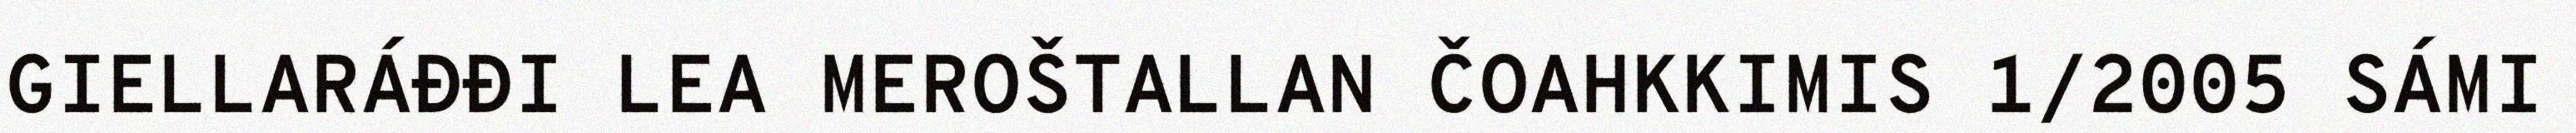
GIELLARÁĐĐI LEA MEROŠTALLAN ČOAHKKIMIS 1/2005 SÁMI